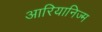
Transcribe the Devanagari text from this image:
आरियानिज्म